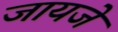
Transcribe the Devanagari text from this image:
जायजे